Report of the Indian Hemp Drugs Commission, 1894-1895 - Volume VIII
Year: 1894
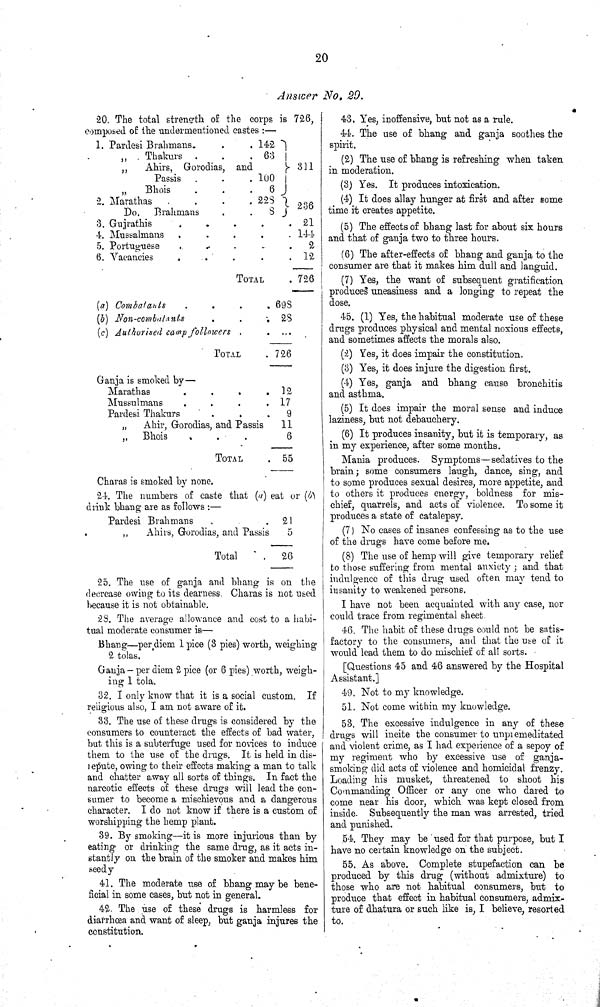
20
Answer No. 29.
20. The total strength of the corps is 726,
composed of the undermentioned castes:—
1. Pardesi Brahmans.
142
"
Thakurs
63
"
Ahirs, Gorodias, and
311
Passis
100
"
Bhois
6
2. Marathas
228
236
Do. Brahmans
8
236
3. Gujrathis
21
4. Mussalmans
144
5. Portuguese
2
6. Vacancies
12
TOTAL
726
(a) Combatants
698
(b) Non-combatants
28
(c) Authorised camp followers
TOTAL
726
Gania is smoked by—
Marathas
12
Mussulmans
17
Pardesi Thakurs
9
"
Ahir, Gorodias, and Passis
11
" Bhois
6
TOTAL
55
Charas is smoked by none.
24. The numbers of caste that (a) eat or (b)
drink bhang are as follows:—
Pardesi Brahmans
21
"
Ahirs, Gorodias, and Passis
5
Total
26
25. The use of ganja and bhang is on the
decrease owing to its dearness. Charas is not used
because it is not obtainable.
28. The average allowance and cost to a habi-
tual moderate consumer is—
Bhang—per diem 1 pice (3 pies) worth, weighing
2 tolas.
Ganja — per diem 2 pice (or 6 pies) worth, weigh-
ing 1 tola.
32. I only know that it is a social custom. If
religious also, I am not aware of it.
33. The use of these drugs is considered by the
consumers to counteract the effects of bad water,
but this is a subterfuge used for novices to induce
them to the use of the drugs. It is held in dis-
repute, owing to their effects making a man to talk
and chatter away all sorts of things. In fact the
narcotic effects of these drugs will lead the con-
sumer to become a mischievous and a dangerous
character. I do not know if there is a custom of
worshipping the hemp plant.
39. By smoking—it is more injurious than by
eating or drinking the same drug, as it acts in-
stantly on the brain of the smoker and makes him
seedy
41. The moderate use of bhang may be bene-
ficial in some cases, but not in general.
42. The use of these drugs is harmless for
diarrhoea and want of sleep, but ganja injures the
constitution.
43. Yes, inoffensive, but not as a rule.
44. The use of bhang and ganja soothes the
spirit.
(2) The use of bhang is refreshing when taken
in moderation.
(3) Yes. It produces intoxication.
(4) It does allay hunger at first and after some
time it creates appetite.
(5) The effects of bhang last for about six hours
and that of ganja two to three hours.
(6) The after-effects of bhang and ganja to the
consumer are that it makes him dull and languid.
(7) Yes, the want of subsequent gratification
produces uneasiness and a longing to repeat the
dose.
45. (1) Yes, the habitual moderate use of these
drugs produces physical and mental noxious effects,
and sometimes affects the morals also.
(2) Yes, it does impair the constitution.
(3) Yes, it does injure the digestion first.
(4) Yes, ganja and bhang cause bronchitis
and asthma.
(5) It does impair the moral sense and induce
laziness, but not debauchery.
(6) It produces insanity, but it is temporary, as
in my experience, after some months.
Mania produces. Symptoms—sedatives to the
brain; some consumers laugh, dance, sing, and
to some produces sexual desires, more appetite, and
to others it produces energy, boldness for mis-
chief, quarrels, and acts of violence. To some it
produces a state of catalepsy.
(7) No cases of insanes confessing as to the use
of the drugs have come before me.
(8) The use of hemp will give temporary relief
to those suffering from mental anxiety; and that
indulgence of this drug used often may tend to
insanity to weakened persons.
I have not been acquainted with any case, nor
could trace from regimental sheet
46. The habit of these drugs could not be satis-
factory to the consumers, and that the use of it
would lead them to do mischief of all sorts.
[Questions 45 and 46 answered by the Hospital
Assistant.]
49. Not to my knowledge.
51. Not come within my knowledge.
53. The excessive indulgence in any of these
drugs will incite the consumer to unpremeditated
and violent crime, as I had experience of a sepoy of
my regiment who by excessive use of ganja-
smoking did acts of violence and homicidal frenzy.
Loading his musket, threatened to shoot his
Commanding Officer or any one who dared to
come near his door, which was kept closed from
inside. Subsequently the man was arrested, tried
and punished.
54. They may be used for that purpose, but I
have no certain knowledge on the subject.
55. As above. Complete stupefaction can be
produced by this drug (without admixture) to
those who are not habitual consumers, but to
produce that effect in habitual consumers, admix-
ture of dhatura or such like is, I believe, resorted
to.